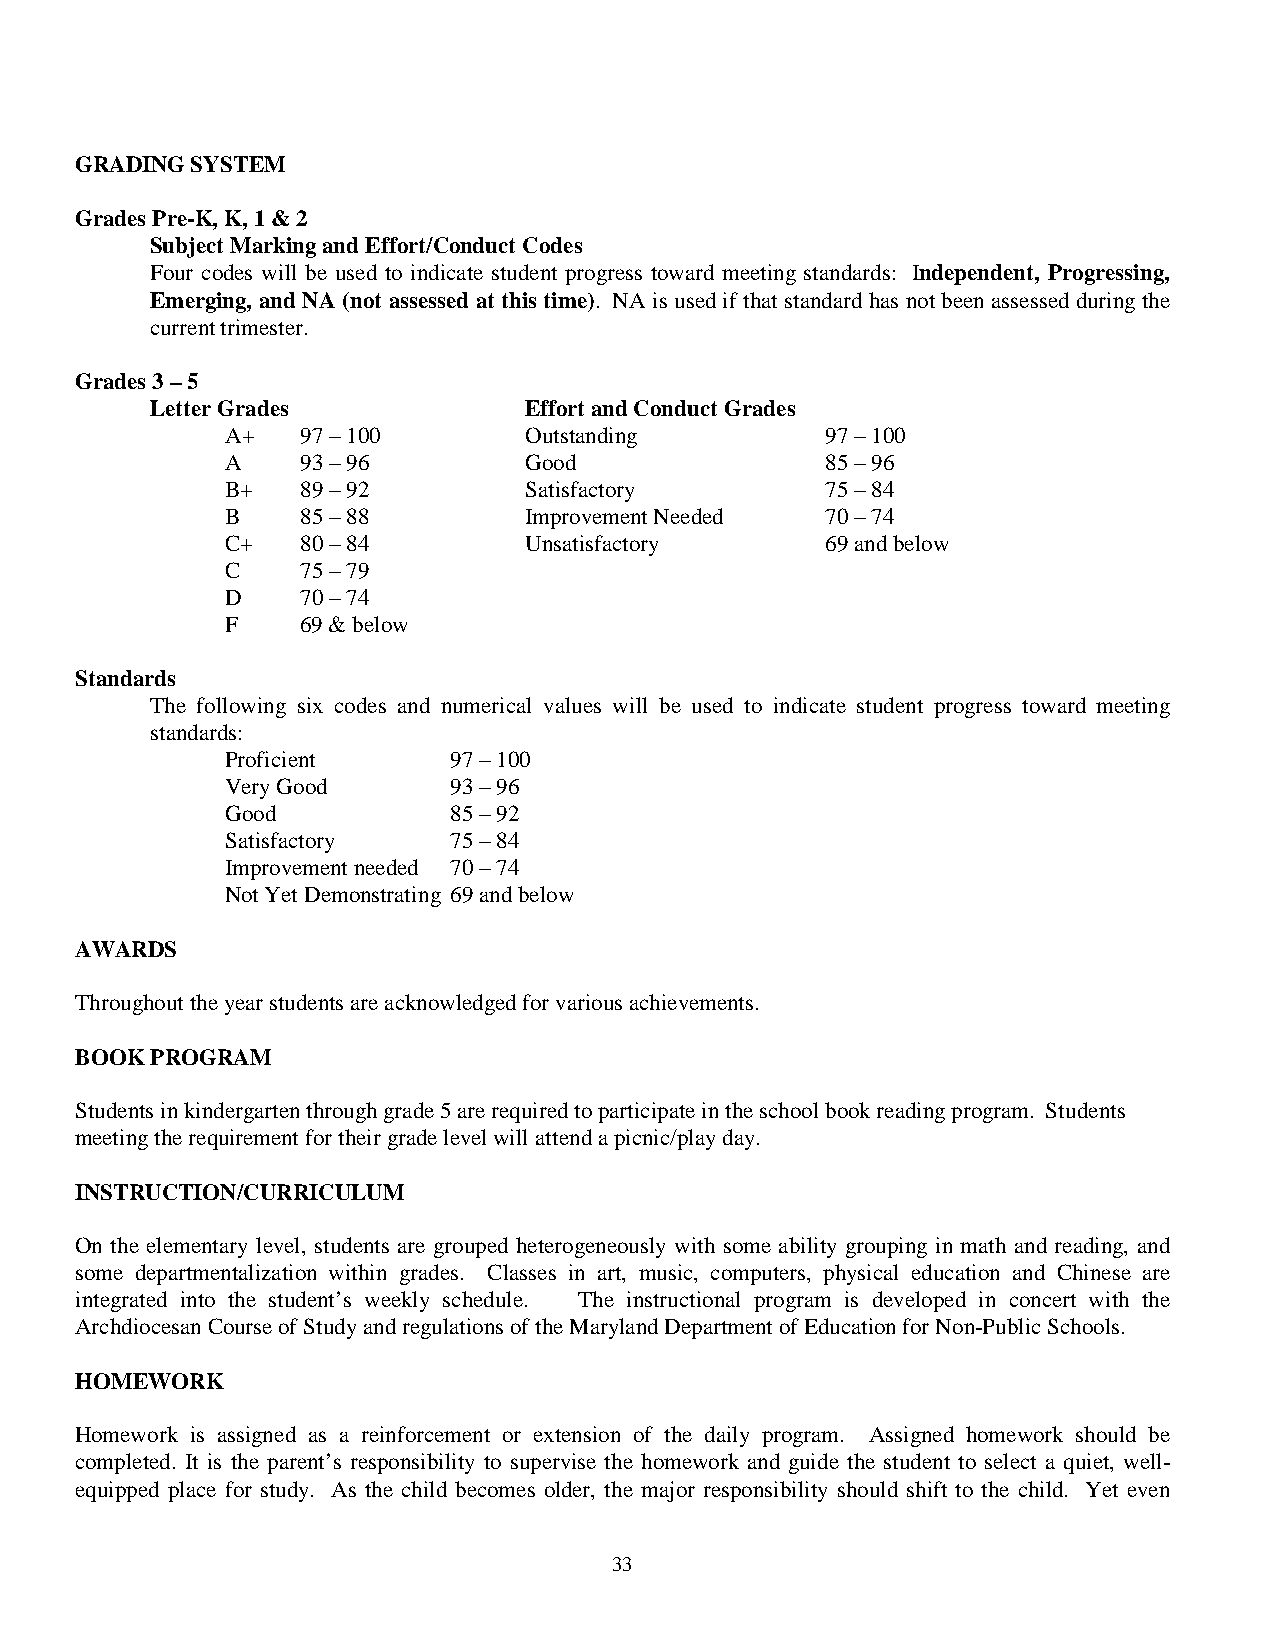
GRADING SYSTEM
 Grades Pre-K, K, 1 & 2
 Subject Marking and Effort/Conduct Codes
 Four codes will be used to indicate student progress toward meeting standards: Independent, Progressing,
 Emerging, and NA (not assessed at this time). NA is used if that standard has not been assessed during the
 current trimester.
 Grades 3 – 5
 Letter Grades            Effort and Conduct Grades
 A+   97 – 100       Outstanding         97 – 100
 A    93 – 96        Good                85 – 96
 B+   89 – 92        Satisfactory        75 – 84
 B    85 – 88        Improvement Needed  70 – 74
 C+   80 – 84        Unsatisfactory      69 and below
 C    75 – 79
 D    70 – 74
 F    69 & below
 Standards
 The following six codes and numerical values will be used to indicate student progress toward meeting
 standards:
 Proficient     97 – 100
 Very Good      93 – 96
 Good           85 – 92
 Satisfactory   75 – 84
 Improvement needed 70 – 74
 Not Yet Demonstrating 69 and below
 AWARDS
 Throughout the year students are acknowledged for various achievements.
 BOOK PROGRAM
 Students in kindergarten through grade 5 are required to participate in the school book reading program. Students
 meeting the requirement for their grade level will attend a picnic/play day.
 INSTRUCTION/CURRICULUM
 On the elementary level, students are grouped heterogeneously with some ability grouping in math and reading, and
 some departmentalization within grades. Classes in art, music, computers, physical education and Chinese are
 integrated into the student’s weekly schedule. The instructional program is developed in concert with the
 Archdiocesan Course of Study and regulations of the Maryland Department of Education for Non-Public Schools.
 HOMEWORK
 Homework is assigned as a reinforcement or extension of the daily program. Assigned homework should be
 completed. It is the parent’s responsibility to supervise the homework and guide the student to select a quiet, well-
 equipped place for study. As the child becomes older, the major responsibility should shift to the child. Yet even
 33